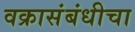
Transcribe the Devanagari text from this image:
वक्रासंबंधीचा